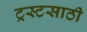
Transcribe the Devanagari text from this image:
ट्रस्टसाठी